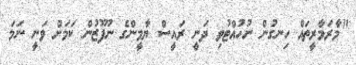
"މާރަމާރީތައް ހިނގުން ނުހުއްޓުވި ދަނީ ރައީސް ޔާމީންގެ ނުފޫޒުން ކަމަށް ވަނީ ނަމަ